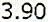
3.90